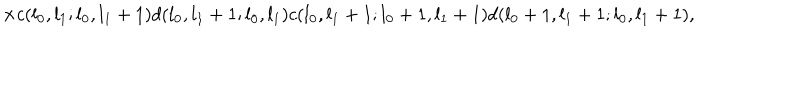
\times c ( l _ { 0 } , l _ { 1 } ; l _ { 0 } , l _ { 1 } + 1 ) d ( l _ { 0 } , l _ { 1 } + 1 ; l _ { 0 } , l _ { 1 } ) c ( l _ { 0 } , l _ { 1 } + 1 ; l _ { 0 } + 1 , l _ { 1 } + 1 ) d ( l _ { 0 } + 1 , l _ { 1 } + 1 ; l _ { 0 } , l _ { 1 } + 1 ) ,